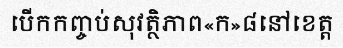
បើកកញ្ចប់សុវត្ថិភាព«ក»៨នៅខេត្ត